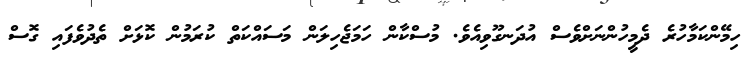
ހިމޭންކަމާހުރެ ދެމީހުންނަށްވެސް އުދަނގޫވިއެވެ. މުސްކާން ހަމަޖެހިލަން މަސައްކަތް ކުރަމުން ކޮޅަށް ތެދުވެފައި ގޮސް